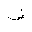
Letter: _dad